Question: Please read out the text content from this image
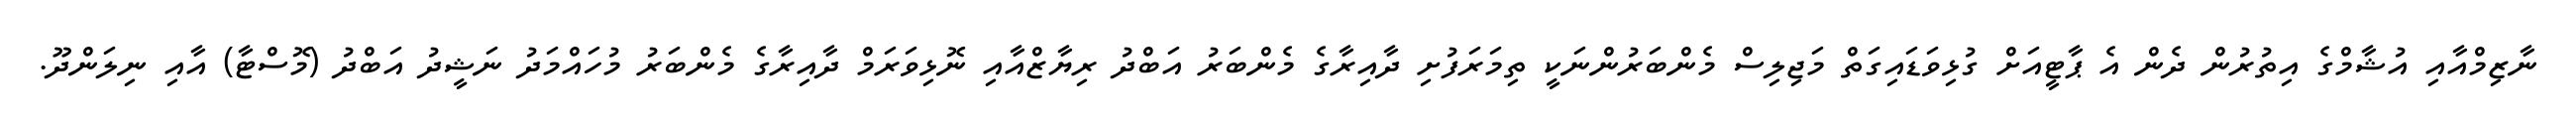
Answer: ނާޒިމްއާއި އުޝާމްގެ އިތުރުން ދެން އެ ޕާޓީއަށް ގުޅިވަޑައިގަތް މަޖިލިސް މެންބަރުންނަކީ ތިމަރަފުށި ދާއިރާގެ މެންބަރު އަބްދު ރިޔާޒްއާއި ނޮޅިވަރަމް ދާއިރާގެ މެންބަރު މުހައްމަދު ނަޝީދު އަބްދު (މޮސްޓާ) އާއި ނިލަންދޫ.